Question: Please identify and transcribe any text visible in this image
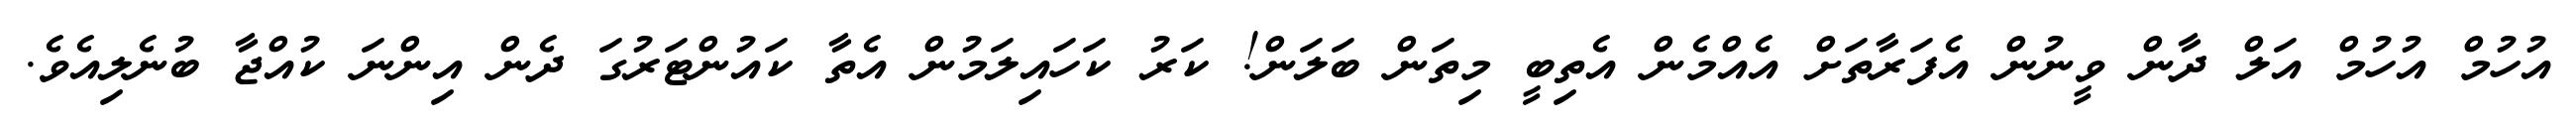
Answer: އުހުމް އުހުމް އަލް ދާން ވީނުން އެފަރާތަށް އެއްމެން އެތިބީ މިތަން ބަލަން! ކަރު ކަހައިލަމުން އެތާ ކައުންޓަރުގަ ދެން އިންނަ ކުއްޖާ ބުނެލިއެވެ.